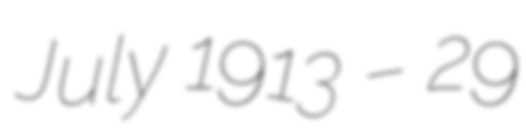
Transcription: July 1913 – 29